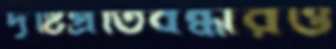
দৃষ্টিপ্রতিবন্ধীরও